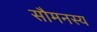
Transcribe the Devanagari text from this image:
सौमनस्य